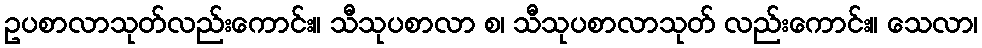
ဥပစာလာသုတ်လည်းကောင်း။ သီသုပစာလာ စ၊ သီသုပစာလာသုတ် လည်းကောင်း။ သေလာ၊